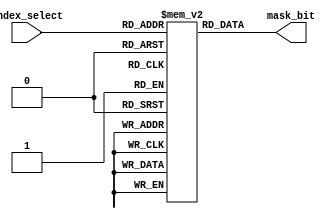
module mask_reg(mask_bit,index_select);
output mask_bit;
input [5:0]index_select;

reg masks[0:63];

assign mask_bit=masks[index_select];

integer x;

initial
begin
for(x=0;x<=32'd63;x=x+32'd1)
masks[x]=1'd1;
masks[1]=1'd0;
masks[3]=1'd0;
masks[5]=1'd0;
masks[7]=1'd0;
end

endmodule